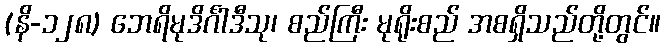
(နိ-၁၂၈) ဘေရိမုဒိင်္ဂါဒီသု၊ စည်ကြီး မုရိုးစည် အစရှိသည်တို့တွင်။